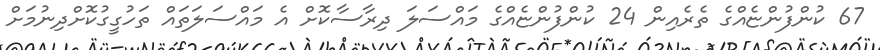
67 ކުންފުންޏެއްގެ ތެރެއިން 24 ކުންފުންޏެއްގެ މައްސަލަ ދިރާސާކޮށް އެ މައްސަލަތައް ތަހުގީގުކޮށްދިނުމަށް